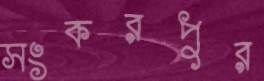
সংকরপুর